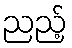
ညည့်